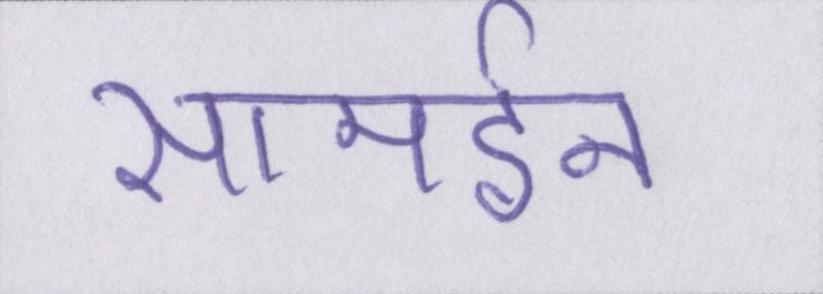
सामईन